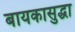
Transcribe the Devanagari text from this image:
बायकासुद्धा